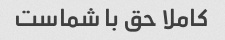
کاملا حق با شماست